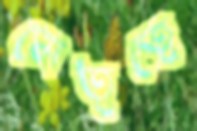
নেতৃত্বে